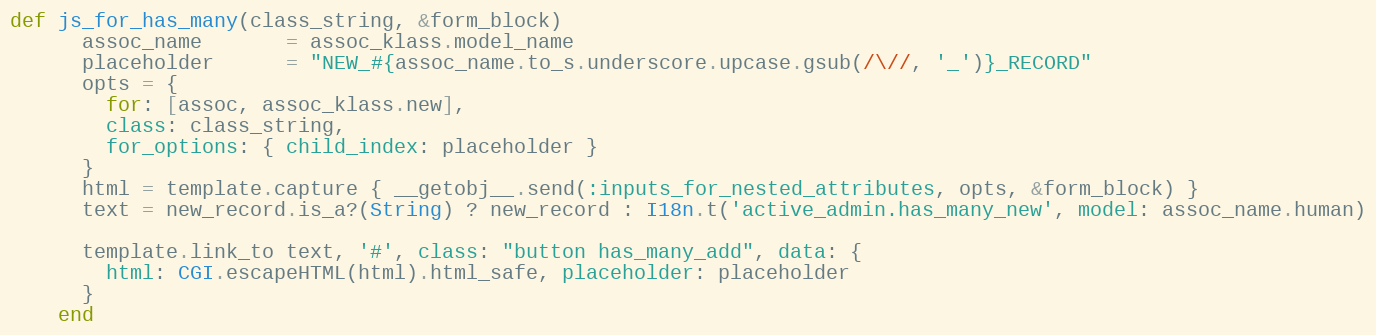
Language: Ruby
def js_for_has_many(class_string, &form_block)
      assoc_name       = assoc_klass.model_name
      placeholder      = "NEW_#{assoc_name.to_s.underscore.upcase.gsub(/\//, '_')}_RECORD"
      opts = {
        for: [assoc, assoc_klass.new],
        class: class_string,
        for_options: { child_index: placeholder }
      }
      html = template.capture { __getobj__.send(:inputs_for_nested_attributes, opts, &form_block) }
      text = new_record.is_a?(String) ? new_record : I18n.t('active_admin.has_many_new', model: assoc_name.human)

      template.link_to text, '#', class: "button has_many_add", data: {
        html: CGI.escapeHTML(html).html_safe, placeholder: placeholder
      }
    end